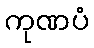
ကုဏပံ